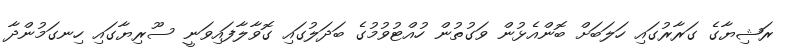
ރަޝިޔާގެ ގަރާރުގައި ހަލަބަށް ބޮންއެޅުން ވަގުތުން ހުއްޓުވުމުގެ ބަދަލުގައި ގޮވާލާފައިވަނީ ސޫރިޔާގައި ހިނގަމުންދާ